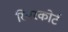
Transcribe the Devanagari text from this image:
रियरकोर्ट